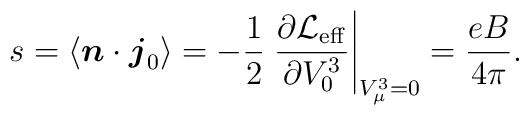
s = \langle \mbox{\boldmath $n$} \cdot \mbox{\boldmath $j$}_{0}\rangle = -\frac{1}{2} \left.\frac{\partial \mbox{$\cal L$}_{\rm eff}}{\partial V_{0}^{3}} \right|_{V_\mu^3 = 0} =\frac{eB}{4 \pi}.